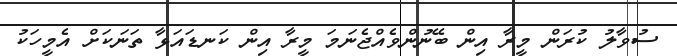
ސުވާލު ކުރަން މީރާ އިން ބޭނުންވެއްޖެނަމަ މީރާ އިން ކަނޑައަޅާ ތަނަކަށް އެމީހަކު